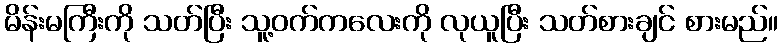
မိန်းမကြီးကို သတ်ပြီး သူ့ဝက်ကလေးကို လုယူပြီး သတ်စားချင် စားမည်။